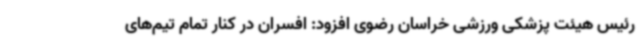
رئیس هیئت پزشکی ورزشی خراسان ‌رضوی افزود: افسران در کنار تمام تیم‌های